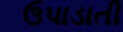
ઉપાડાતી